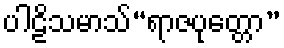
ပါဠိသမာသ်“ရာဇပုတ္တော”